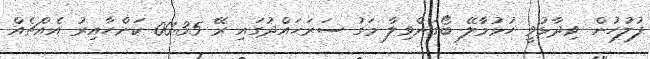
ފުލުހުން ވިދާޅުވީ ހުޅުމާލޭ ބޯގަންވިލާ މަގު ސަރަހައްދުގައި ރޭ 00:35 ކަންހާއިރު އެއްޗެއް